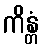
ကိန္တံ